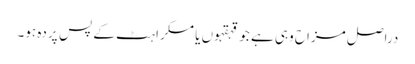
دراصل مزاح وہی ہے جو قہقہوں یا مسکراہٹ کے پس ِ پردہ ہو۔